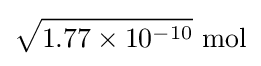
{\sqrt {1.77\times 10^{-10}}}\ \mathrm {mol}